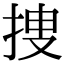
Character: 捜